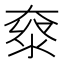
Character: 𡙌